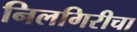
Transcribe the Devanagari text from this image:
निलगिरीचा